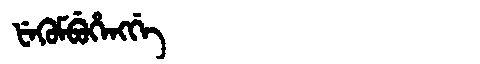
Manchu: ᡶᡝᡴᡠᠮᠪᡠᡥᡝᠩᡤᡝ
Romanization: FEKUMBUHENGGE